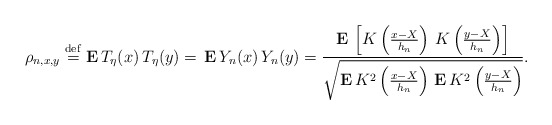
\begin{align*}\rho _{n,x,y}\stackrel{\rm def}{=}{\bf E\,}T_{\eta }(x)\,T_{\eta }(y)={\bf \,E\,}Y_{n}(x)\,Y_{n}(y)=\frac{{\bf E\,}\left[ K\left( \frac{x-X}{h_{n}}\right) \,K\left( \frac{y-X}{h_{n}}\right) \right] }{\sqrt{{\bf E\,}K^{2}\left( \frac{x-X}{h_{n}}\right) {\bf \,E\,}K^{2}\left( \frac{y-X}{h_{n}}\right) }}. \end{align*}